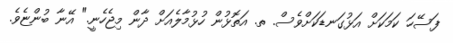
ފަސޭހަ ކަމަކަށް އަޅުގަނޑަކަށްވެސް. ތ. އަތޮޅުން ހުޅުމާލެއަށް ދާން މިޖެހެނީ." އޭނާ ބުންޏެވެ.